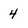
Character: 4